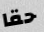
حقا